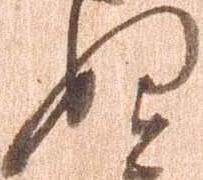
ぬ